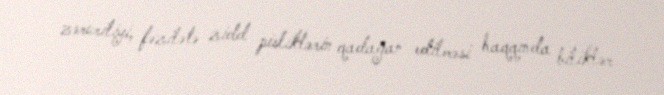
zəruriliyi, fəzilətə zidd pisliklərin qadağan edilməsi haqqında biliklər